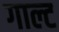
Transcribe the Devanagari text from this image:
गाल्ट